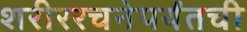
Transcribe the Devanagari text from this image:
शरीररचनेपर्यंतची